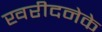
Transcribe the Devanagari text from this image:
खरीदनेके